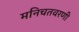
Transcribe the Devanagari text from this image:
मनिचतवरणी